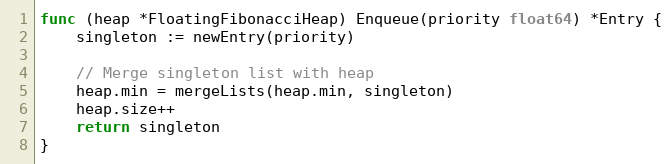
Language: Go
func (heap *FloatingFibonacciHeap) Enqueue(priority float64) *Entry {
	singleton := newEntry(priority)

	// Merge singleton list with heap
	heap.min = mergeLists(heap.min, singleton)
	heap.size++
	return singleton
}